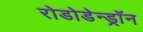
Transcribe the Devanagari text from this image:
रोडोडेन्‍ड्रॉन